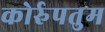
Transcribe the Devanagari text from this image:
कोर्रुपतुम